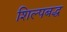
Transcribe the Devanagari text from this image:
शिल्पबद्ध